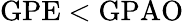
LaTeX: \mathrm{GPE}<\mathrm{GPAO}